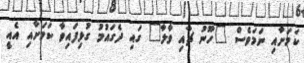
ކަމަށާއި ނަމަވެސް "ހޫނު ޗާއި ވާލާ" ގައި ދެގައުމު ގުޅިފައިވާ ކަމަށާއި އެއީ